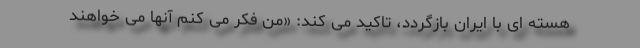
هسته ای با ایران بازگردد، تاکید می کند: «من فکر می کنم آنها می خواهند